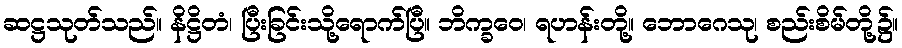
ဆဋ္ဌသုတ်သည်။ နိဋ္ဌိတံ၊ ပြီးခြင်းသို့ရောက်ပြီ။ ဘိက္ခဝေ၊ ရဟန်းတို့။ ဘောဂေသု၊ စည်းစိမ်တို့၌။